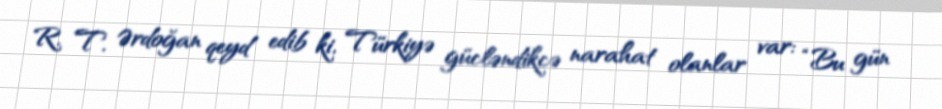
R. T. Ərdoğan qeyd edib ki, Türkiyə gücləndikcə narahat olanlar var: “Bu gün